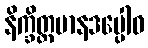
နိက္ခိတ္တမာနဒပ္ပေါဝ